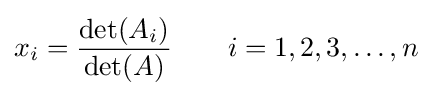
x_{i}={\frac {\det(A_{i})}{\det(A)}}\qquad i=1,2,3,\ldots ,n